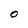
Character: O